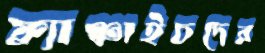
ফ্র্যাঞ্চাইচদের